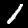
Digit: 1